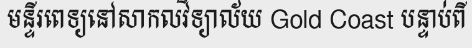
មន្ទីរពេទ្យនៅសាកលវិទ្យាល័យ Gold Coast បន្ទាប់ពី